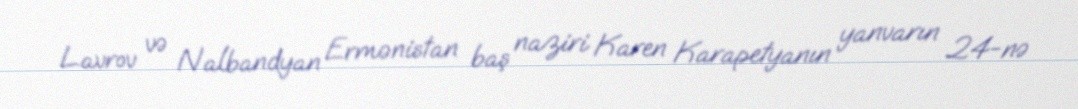
Lavrov və Nalbandyan Ermənistan baş naziri Karen Karapetyanın yanvarın 24-nə